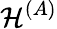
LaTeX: \mathcal{H}^{(A)}